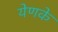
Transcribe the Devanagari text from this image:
येणके